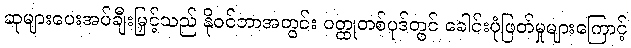
ဆုများပေးအပ်ချီးမြှင့်သည် နိုဝင်ဘာအတွင်း ဝတ္ထုတစ်ပုဒ်တွင် ခေါင်းပုံဖြတ်မှုများကြောင့်